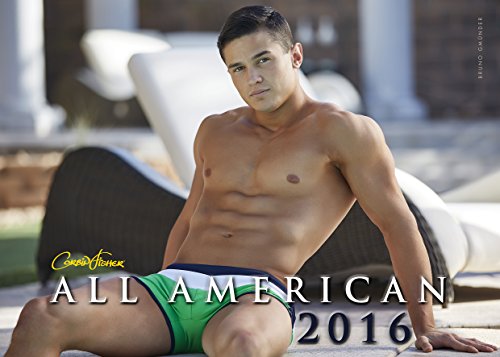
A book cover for All American; Calendars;